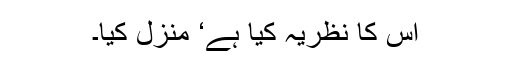
اس کا نظریہ کیا ہے‘ منزل کیا۔